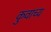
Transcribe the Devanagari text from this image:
कुवाच्य